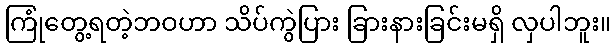
ကြုံတွေ့ရတဲ့ဘဝဟာ သိပ်ကွဲပြား ခြားနားခြင်းမရှိ လှပါဘူး။